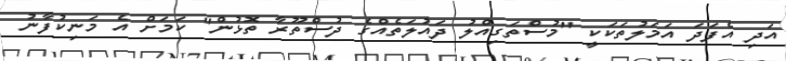
އަދި އެފަދަ އަމަލުތަކަކީ "މުސްތަގިއްލު ދައުލަތެއްގެ ދުސްތޫރާ ތޮޅުން" ކަމަށް އެ މަނިކުފާނު